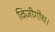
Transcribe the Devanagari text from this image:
विजीगोथ।